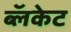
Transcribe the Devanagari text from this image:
ब्लॅकेट